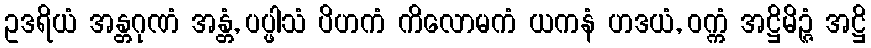
ဥဒရိယံ အန္တဂုဏံ အန္တံ, ပပ္ဖါသံ ပိဟကံ ကိလောမကံ ယကနံ ဟဒယံ, ဝက္ကံ အဋ္ဌိမိဉ္ဇံ အဋ္ဌိ